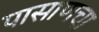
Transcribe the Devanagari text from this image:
पासाणचा